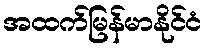
အထက်မြန်မာနိုင်ငံ